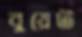
বুয়েট